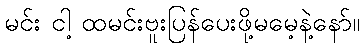
မင်း ငါ့ ထမင်းဗူးပြန်ပေးဖို့မမေ့နဲ့နော်။